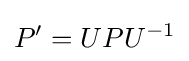
P'=UPU^{-1}